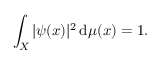
\int _ { X } | \psi ( x ) | ^ { 2 } \, \mathrm { d } \mu ( x ) = 1 .